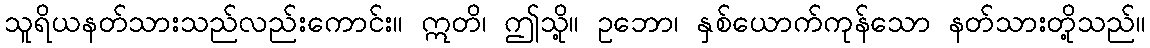
သူရိယနတ်သားသည်လည်းကောင်း။ ဣတိ၊ ဤသို့။ ဥဘော၊ နှစ်ယောက်ကုန်သော နတ်သားတို့သည်။